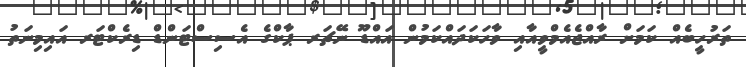
ތަރުހީބެއް ކަމަށް ރާއްޖެއެމްވީއާއި ވާހަކަދައްކަމުން އައްޑޫ ނޭޗަރ ޕާކްގެ އެސިސްޓަންޑް ޑިރެކްޓަރ އައިމިނަތު